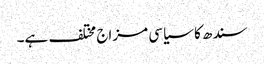
سندھ کا سیاسی مزاج مختلف ہے۔